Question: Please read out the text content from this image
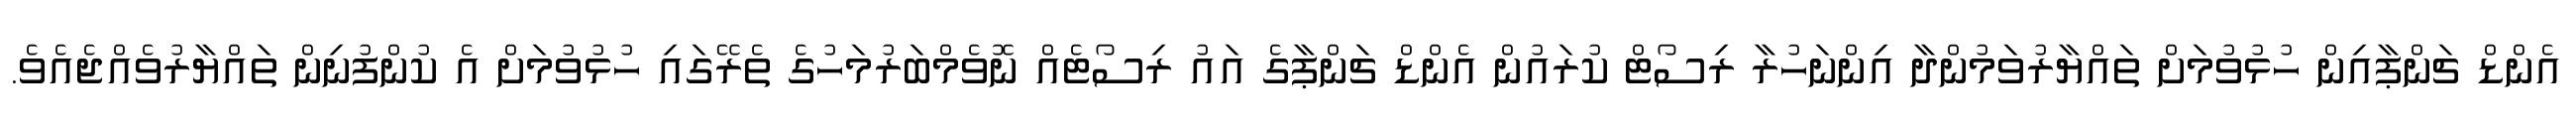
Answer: އެންޑް ޗަންޕާއިން ހުޅުވުމަށް ތައްޔާރުވަމުންދާ އިންނަހުރާ ރިސޯޓް ކުރައުން އެންޑް ޗަންޕާގެ އައު ރިސޯޓެއް ނޮވެމްބަރުމަހުގެ ތެރޭގައި ހުޅުވުމަށް އެ ކުންފުނިން ތައްޔާރުވެއްޖެއެވެ.